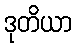
ဒုတိယာ